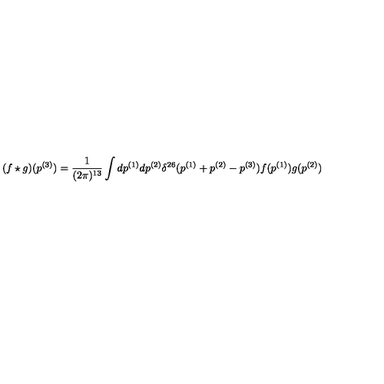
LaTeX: ( f \star g ) ( p ^ { ( 3 ) } ) = \frac { 1 } { ( 2 \pi ) ^ { 1 3 } } \int d p ^ { ( 1 ) } d p ^ { ( 2 ) } \delta ^ { 2 6 } ( p ^ { ( 1 ) } + p ^ { ( 2 ) } - p ^ { ( 3 ) } ) f ( p ^ { ( 1 ) } ) g ( p ^ { ( 2 ) } )